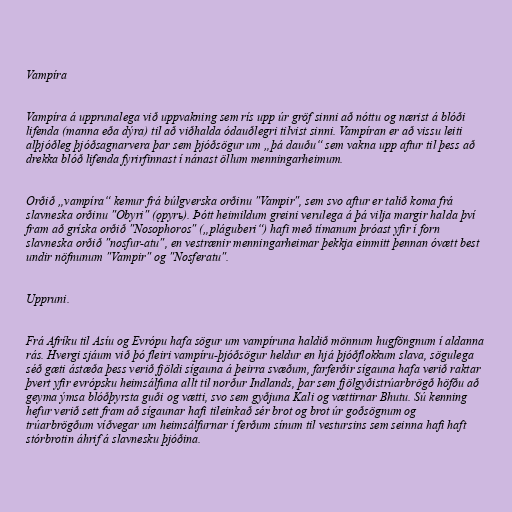
Vampíra

Vampíra á upprunalega við uppvakning sem rís upp úr gröf sinni að nóttu og nærist á blóði
lifenda (manna eða dýra) til að viðhalda ódauðlegri tilvist sinni. Vampíran er að vissu leiti
alþjóðleg þjóðsagnarvera þar sem þjóðsögur um „þá dauðu“ sem vakna upp aftur til þess að
drekka blóð lifenda fyrirfinnast í nánast öllum menningarheimum.

Orðið „vampíra“ kemur frá búlgverska orðinu "Vampir", sem svo aftur er talið koma frá
slavneska orðinu "Obyri" (ǫpyrь). Þótt heimildum greini verulega á þá vilja margir halda því
fram að gríska orðið "Nosophoros" („pláguberi“) hafi með tímanum þróast yfir í forn
slavneska orðið "nosfur-atu", en vestrænir menningarheimar þekkja einmitt þennan óvætt best
undir nöfnunum "Vampir" og "Nosferatu".

Uppruni.

Frá Afríku til Asíu og Evrópu hafa sögur um vampíruna haldið mönnum hugföngnum í aldanna
rás. Hvergi sjáum við þó fleiri vampíru-þjóðsögur heldur en hjá þjóðflokkum slava, sögulega
séð gæti ástæða þess verið fjöldi sígauna á þeirra svæðum, farferðir sígauna hafa verið raktar
þvert yfir evrópsku heimsálfuna allt til norður Indlands, þar sem fjölgyðistrúarbrögð höfðu að
geyma ýmsa blóðþyrsta guði og vætti, svo sem gyðjuna Kali og vættirnar Bhutu. Sú kenning
hefur verið sett fram að sígaunar hafi tileinkað sér brot og brot úr goðsögnum og
trúarbrögðum víðvegar um heimsálfurnar í ferðum sínum til vestursins sem seinna hafi haft
stórbrotin áhrif á slavnesku þjóðina.